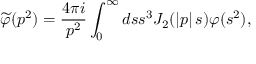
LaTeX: \widetilde { \varphi } ( p ^ { 2 } ) = \frac { 4 \pi i } { p ^ { 2 } } \int _ { 0 } ^ { \infty } d s s ^ { 3 } J _ { 2 } ( \left\vert p \right\vert s ) \varphi ( s ^ { 2 } ) ,